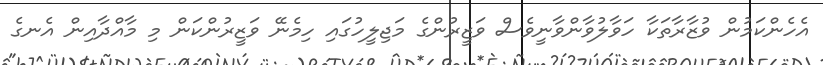
އެހެންކަމުން ވުޒާރާތަކާ ހަވާލުވާންވާނީވެސް ވަޒީރުންގެ މަޖިލީހުގައި ހިމެނޭ ވަޒީރުންކަން މި މާއްދާއިން އެނގެ